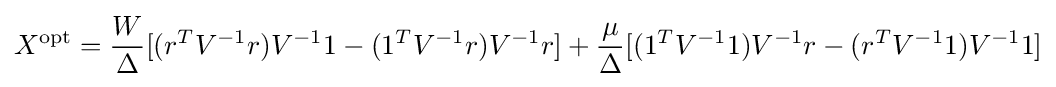
X^{\mathrm {opt} }={\frac {W}{\Delta }}[(r^{T}V^{-1}r)V^{-1}1-(1^{T}V^{-1}r)V^{-1}r]+{\frac {\mu }{\Delta }}[(1^{T}V^{-1}1)V^{-1}r-(r^{T}V^{-1}1)V^{-1}1]